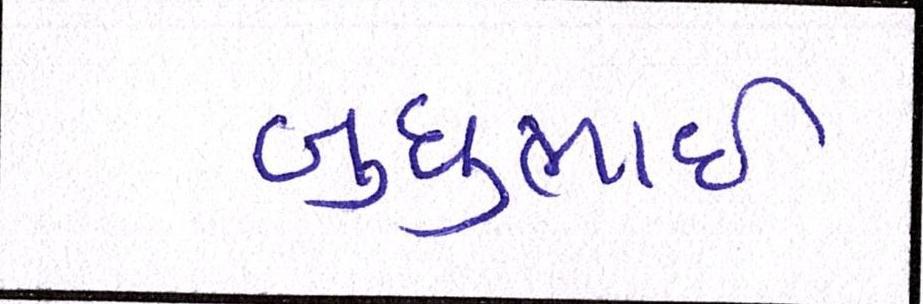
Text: બુધુભાઇ